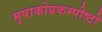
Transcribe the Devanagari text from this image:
मृषाकोप्रकम्पोष्ठो